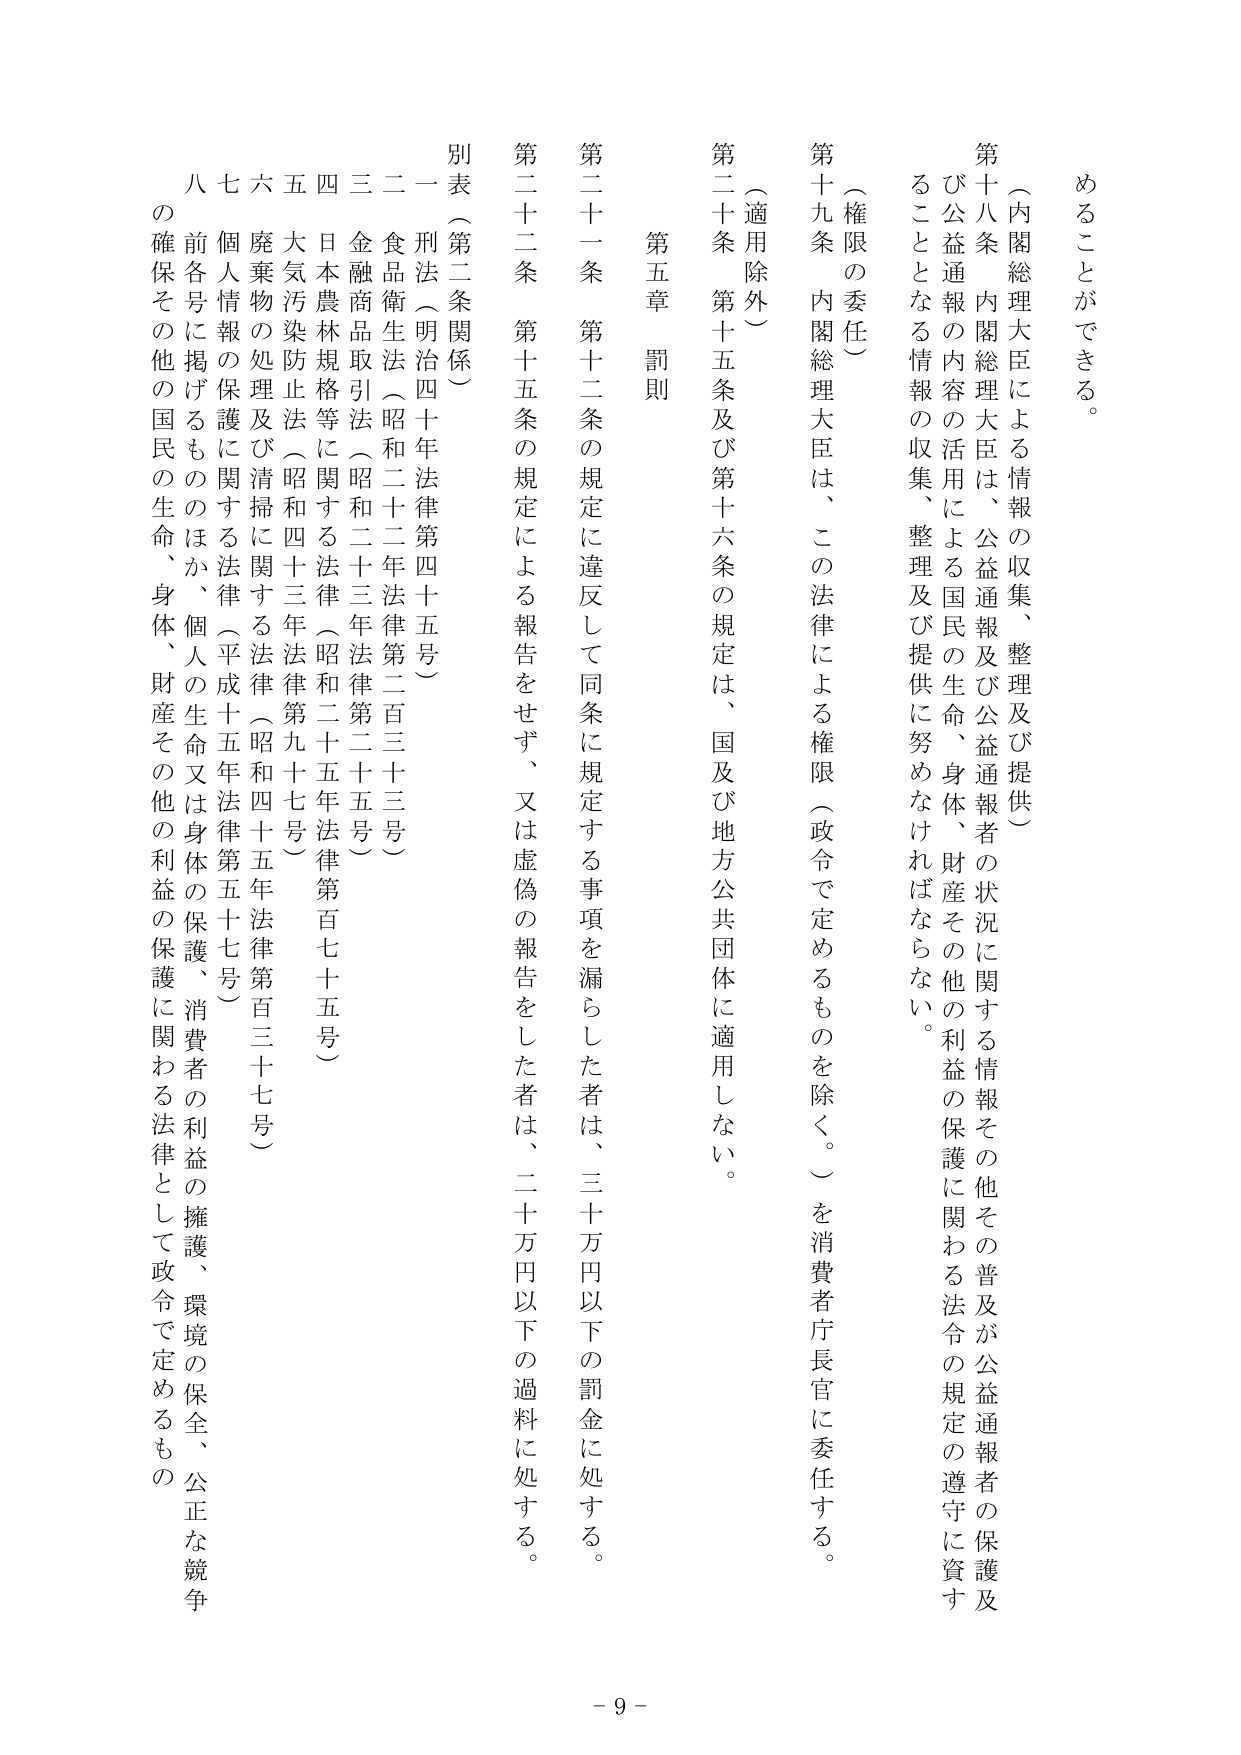
めることができる。

（内閣総理大臣による情報の収集、整理及び提供）
第十八条 内閣総理大臣は、公益通報及び公益通報者の状況に関する情報その他その普及が公益通報者の保護及び公益通報の内容の活用による国民の生命、身体、財産その他の利益の保護に関わる法令の規定の遵守に資することとなる情報の収集、整理及び提供に努めなければならない。

（権限の委任）
第十九条 内閣総理大臣は、この法律による権限（政令で定めるものを除く。）を消費者庁長官に委任する。

（適用除外）
第二十条 第十五条及び第十六条の規定は、国及び地方公共団体に適用しない。

第五章 罰則
第二十一条 第十二条の規定に違反して同条に規定する事項を漏らした者は、三十万円以下の罰金に処する。
第二十二条 第十五条の規定による報告をせず、又は虚偽の報告をした者は、二十万円以下の過料に処する。

別表（第二条関係）
一 刑法（明治四十年法律第四十五号）
二 食品衛生法（昭和二十二年法律第二百三十三号）
三 金融商品取引法（昭和二十三年法律第二百三十五号）
四 日本農林規格等に関する法律（昭和二十五年法律第百七十五号）
五 大気汚染防止法（昭和四十三年法律第九十七号）
六 廃棄物の処理及び清掃に関する法律（昭和四十五年法律第百三十七号）
七 個人情報の保護に関する法律（平成十五年法律第五十七号）
八 前各号に掲げるもののほか、個人の生命又は身体の保護、消費者の利益の擁護、環境の保全、公正な競争の確保その他の国民の生命、身体、財産その他の利益の保護に関わる法律として政令で定めるもの

- 9 -